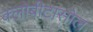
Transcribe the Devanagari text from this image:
क्लोबीटासोल